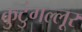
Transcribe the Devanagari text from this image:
कुटुंगल्लूर